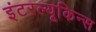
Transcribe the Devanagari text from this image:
इंटरल्यूकिन्स